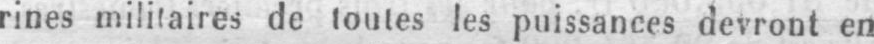
rines militaires de toutes les puissances devront en